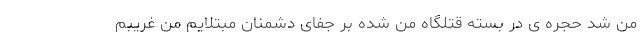
من شد حجره ی در بسته قتلگاه من شده بر جفای دشمنان مبتلایم من غریبم